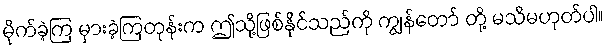
မိုက်ခဲ့ကြ မှားခဲ့ကြတုန်းက ဤသို့ဖြစ်နိုင်သည်ကို ကျွန်တော် တို့ မသိမဟုတ်ပါ။